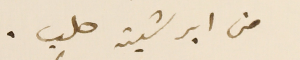
من ابرشية حلب.